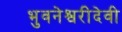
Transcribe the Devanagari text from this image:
भुवनेश्वरीदेवी